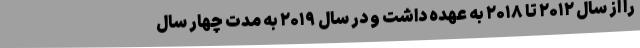
را از سال ۲۰۱۲ تا ۲۰۱۸ به عهده داشت و در سال ۲۰۱۹ به مدت چهار سال